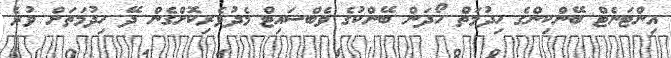
އިންޓަނެޓް ބޭންކިންގެ ހިދުމަތް ހޯދަން ބޭންކުގެ ވެބްސައިޓް މެދުވެރިކޮށްގެން ދޭ ހިދުމަތަށް ވުރެ